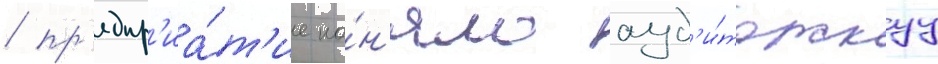
/ пр'едпр'иа́т'ие на́н'яло ауд'и́торскуу